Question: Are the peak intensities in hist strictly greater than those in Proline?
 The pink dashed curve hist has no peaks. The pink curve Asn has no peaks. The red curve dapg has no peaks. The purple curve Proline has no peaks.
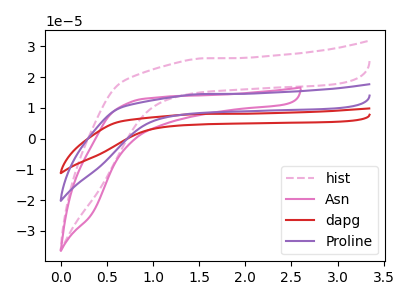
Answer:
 <answer>Niether CV has any peaks.</answer>
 <eval>blanks</eval>